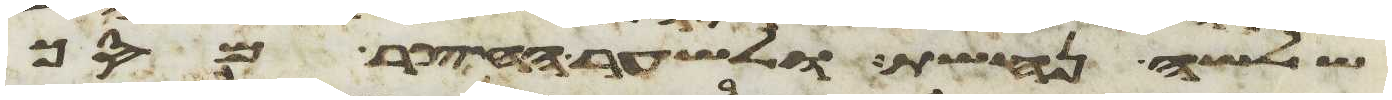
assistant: שלשה נחשת ולשער החצר מסך